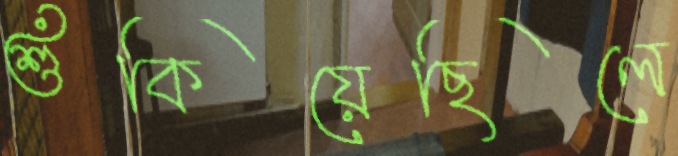
শুঁকিয়েছিলে